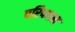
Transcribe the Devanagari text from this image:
परिपथन